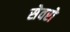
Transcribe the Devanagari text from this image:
सेवरो